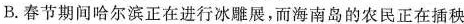
B.春节期间哈尔滨正在进行冰雕展，而海南岛的农民正在插秧